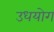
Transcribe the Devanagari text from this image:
उधयोग